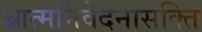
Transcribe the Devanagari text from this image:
आत्मनिवेदनासक्ति